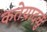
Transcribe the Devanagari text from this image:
कतेयादळु